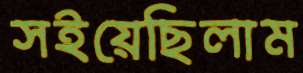
সইয়েছিলাম